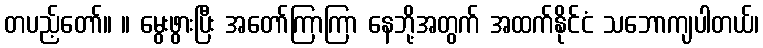
တပည့်တော်။ ။ မွေးဖွားပြီး အတော်ကြာကြာ နေဘို့အတွက် အထက်နိုင်ငံ သဘောကျပါတယ်၊